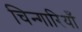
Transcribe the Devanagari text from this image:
चिन्गारियाँ